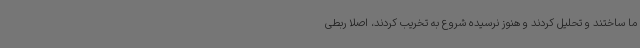
ما ساختند و تحلیل کردند و هنوز نرسیده شروع به تخریب کردند، اصلا ربطی